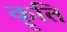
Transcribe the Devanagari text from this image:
कॄति